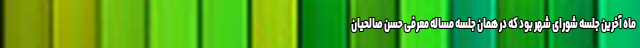
ماه آخرین جلسه شورای شهر بود که در همان جلسه مساله معرفی حسن صالحیان